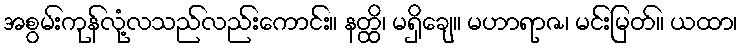
အစွမ်းကုန်လုံ့လသည်လည်းကောင်း။ နတ္ထိ၊ မရှိချေ။ မဟာရာဇ၊ မင်းမြတ်။ ယထာ၊